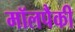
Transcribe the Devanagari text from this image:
मॉलपैकी